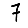
Digit: 7